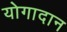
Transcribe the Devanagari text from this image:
योगादान